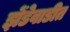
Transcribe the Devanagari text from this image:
झेंडेवाडीत